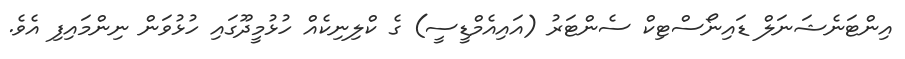
އިންޓަނެޝަނަލް ޑައިނޯސްޓިކް ސެންޓަރު (އައިއެމްޑީސީ) ގެ ކްލިނިކެއް ހުޅުމީދޫގައި ހުޅުވަން ނިންމައިފި އެވެ.